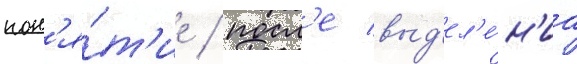
пон'я́т'ие / посл'е выд'ел'е́н'иа